Civil Veterinary Dept. North-West Frontier Province 1923-32 - 1923-1932
Year: 1923
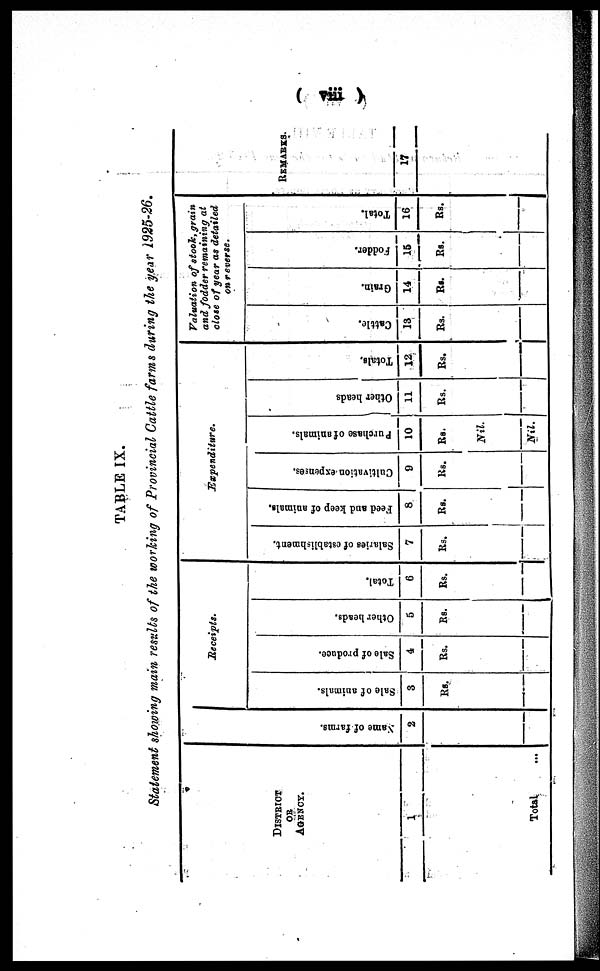
(viii)
TABLE IX.
Statement showing main results of the working of Provincial Cattle farms during the year 1925-26.
DISTRICT
OR
AGENCY.
1
Total ...
Na me of f ar ms .
2
Receipts.
Sale of animals.
3
Rs.
Sale of produce.
4
Rs.
Other beads.
5
Rs.
Total.
6
Rs.
Expenditure.
Salaries of establishment.
7
Rs.
Feed and keep of animals.
8
Rs.
Cultivation expenses.
9
Rs.
Purchase of animals.
10
Rs.
Nil.
Nil.
Other heads
11
Rs.
Totals.
12
Rs.
Valuation of stook, grain
and fodder remaining at
close of year as detailed
on reverse.
Cattle.
13
Rs.
Grain.
14
Rs.
Fodder.
15
Rs.
Total.
16
Rs.
REMARKS
17